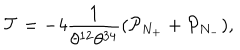
LaTeX: \mathcal { T } = - 4 \frac { 1 } { \theta ^ { 1 2 } \theta ^ { 3 4 } } ( \mathcal { P } _ { N _ { + } } + \mathcal { P } _ { N _ { - } } ) ,